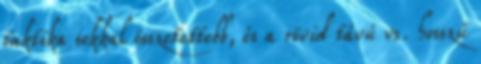
taktika sokkal összetettebb, és a rövid távú vs. hosszú